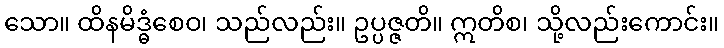
သော။ ထိနမိဒ္ဓံစေဝ၊ သည်လည်း။ ဥပ္ပဇ္ဇတိ။ ဣတိစ၊ သို့လည်းကောင်း။